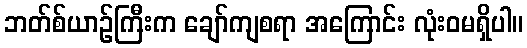
ဘတ်စ်ယာဉ်ကြီးက ချော်ကျစရာ အကြောင်း လုံးဝမရှိပါ။